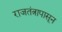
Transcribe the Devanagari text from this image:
राजतंत्रापासून